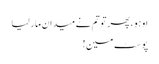
او ہو ، پھر تو تم نے میدان مار لیا
پوسٹ مین !